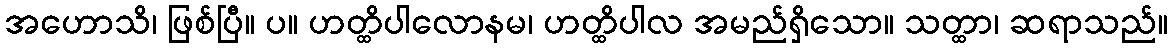
အဟောသိ၊ ဖြစ်ပြီ။ ပ။ ဟတ္ထိပါလောနမ၊ ဟတ္ထိပါလ အမည်ရှိသော။ သတ္ထာ၊ ဆရာသည်။